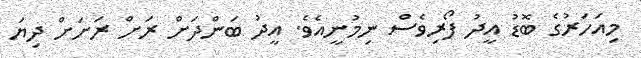
މިއަހަރުގެ ބޮޑު އީދު ފޯރިވެސް ނިމުނީއެވެ. އީދު ބަންދަށް ރަށް ރަށަށް ދިޔަ